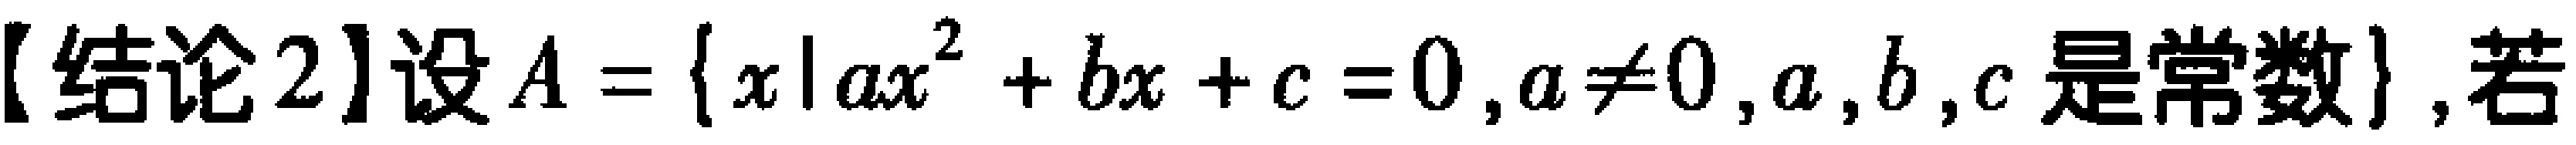
【结论2】设\(A = \{ x|ax^{2} + bx + c = 0,a\neq0,a,b,c是常数\}\)，若